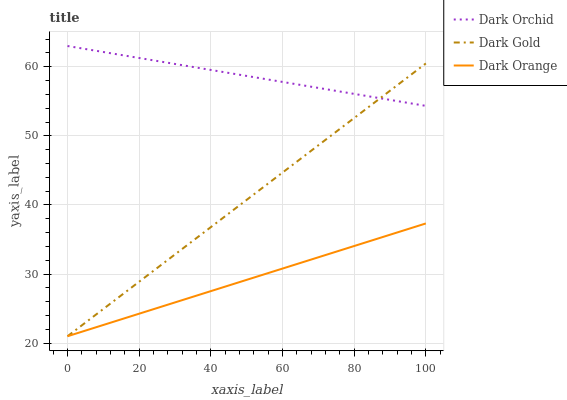
| xaxis_label | Dark Orchid | Dark Gold | Dark Orange |
 | --- | --- | --- | --- |
 | 0 | 63 | 21 | 21 |
 | 25 | 60.8 | 30.9 | 25.1 |
 | 50 | 58.7 | 40.7 | 29.2 |
 | 75 | 56.5 | 50.6 | 33.2 |
 | 100 | 54.3 | 60.5 | 37.3 |